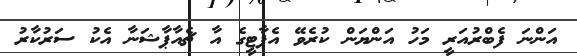
އަންނަ ފެބްރުއަރީ މަހު އަންޔަން ކުރެވޭ އެޕާޓީގެ އާ ޗެއާޕާޝަނާ އެކު ސަރުކާރު